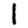
Digit: 1